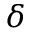
\delta